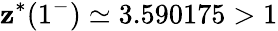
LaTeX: \mathbf{z}^{*}(1^{-})\simeq3.590175>1